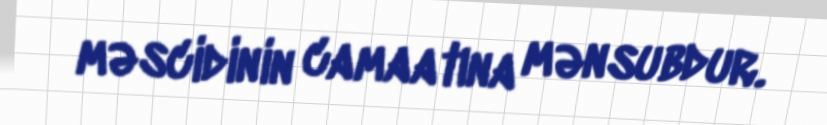
məscidinin camaatına mənsubdur.